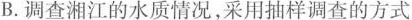
B.调查湘江的水质情况，采用抽样调查的方式